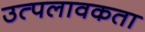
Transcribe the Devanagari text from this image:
उत्पलावकता